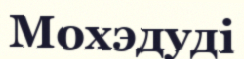
Мохэдуді